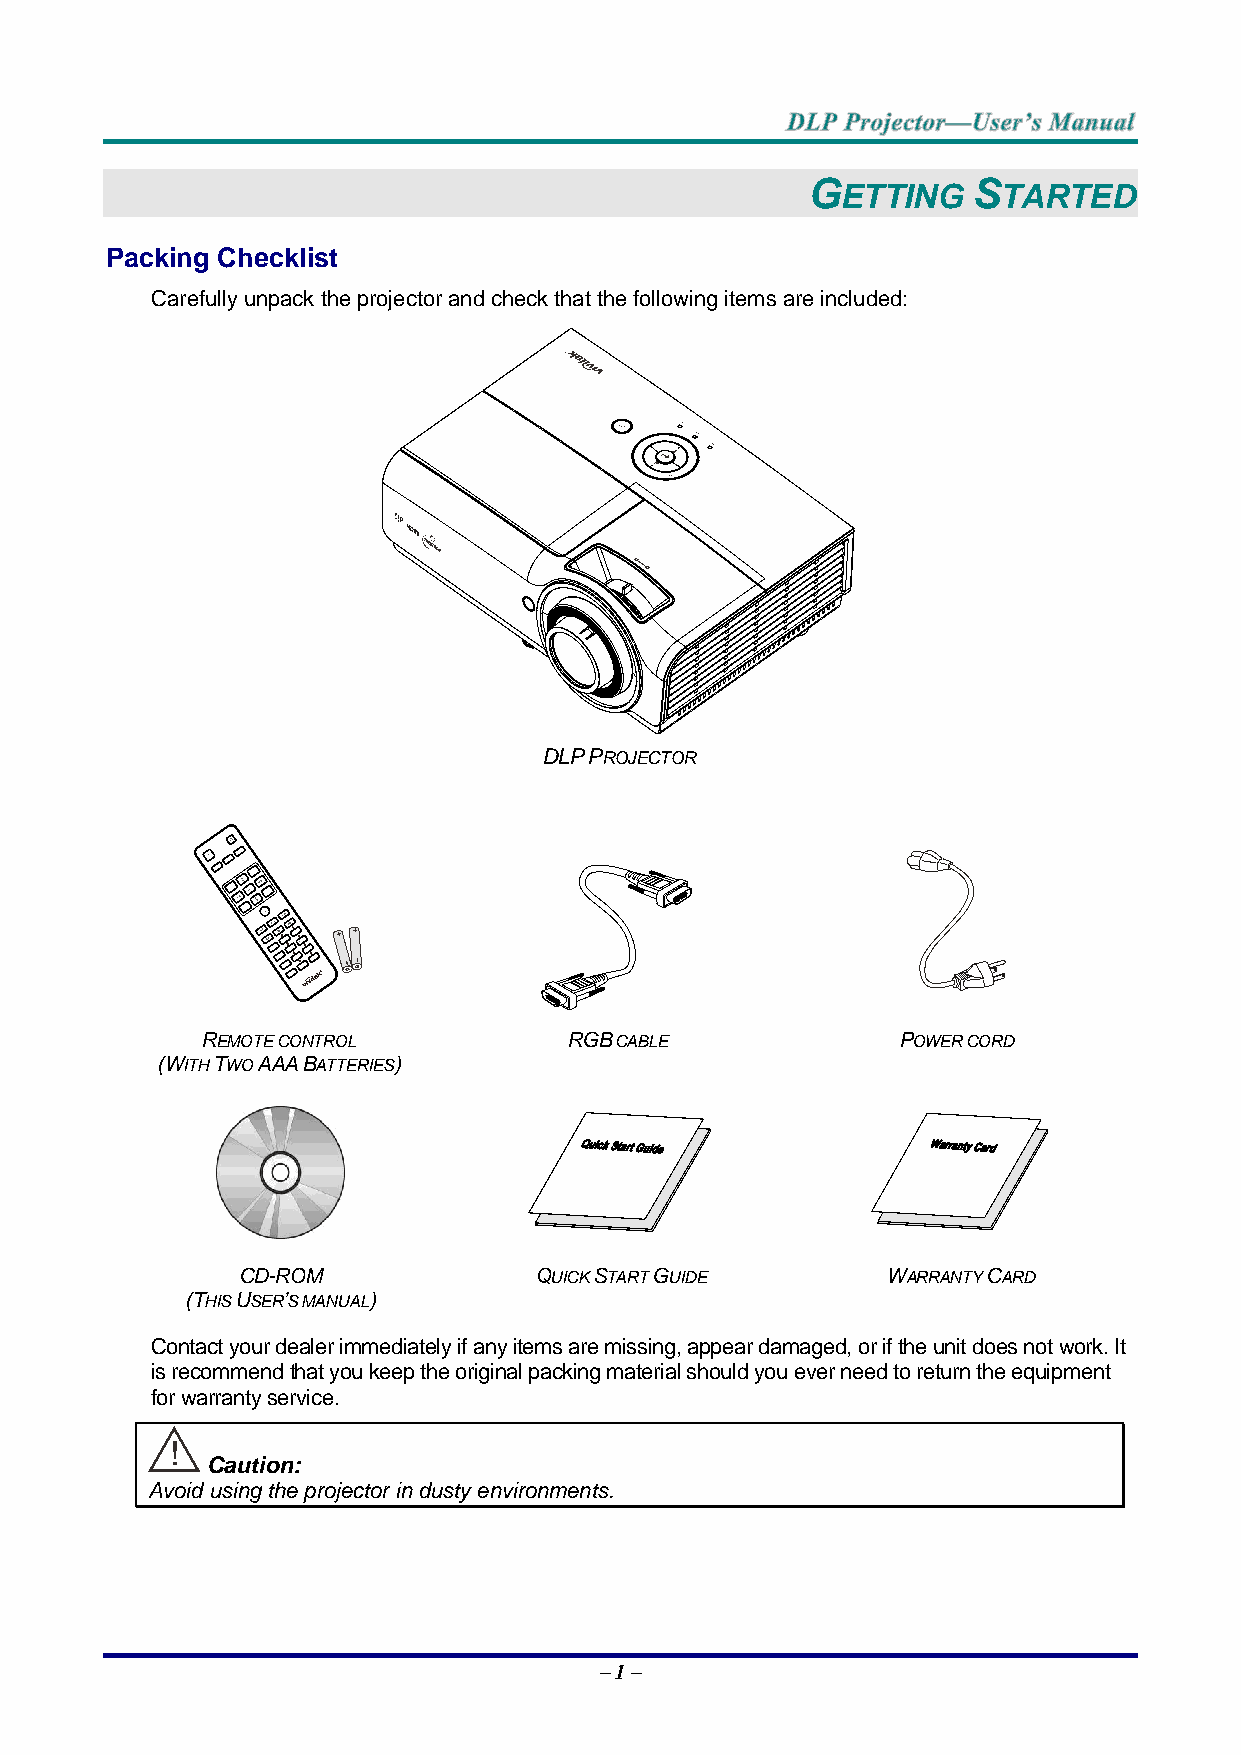
G          S
 ETTING    TARTED
 Packing Checklist
 Carefully unpack the projector and check that the following items are included:
 DLP PROJECTOR
 REMOTE CONTROL           RGB CABLE            POWER CORD
 (WITH TWO AAA BATTERIES)
 CD-ROM             QUICK START GUIDE       WARRANTY CARD
 (THIS USER’S MANUAL)
 Contact your dealer immediately if any items are missing, appear damaged, or if the unit does not work. It
 is recommend that you keep the original packing material should you ever need to return the equipment
 for warranty service.
 ！
 Caution:
 Avoid using the projector in dusty environments.
 – 1 –